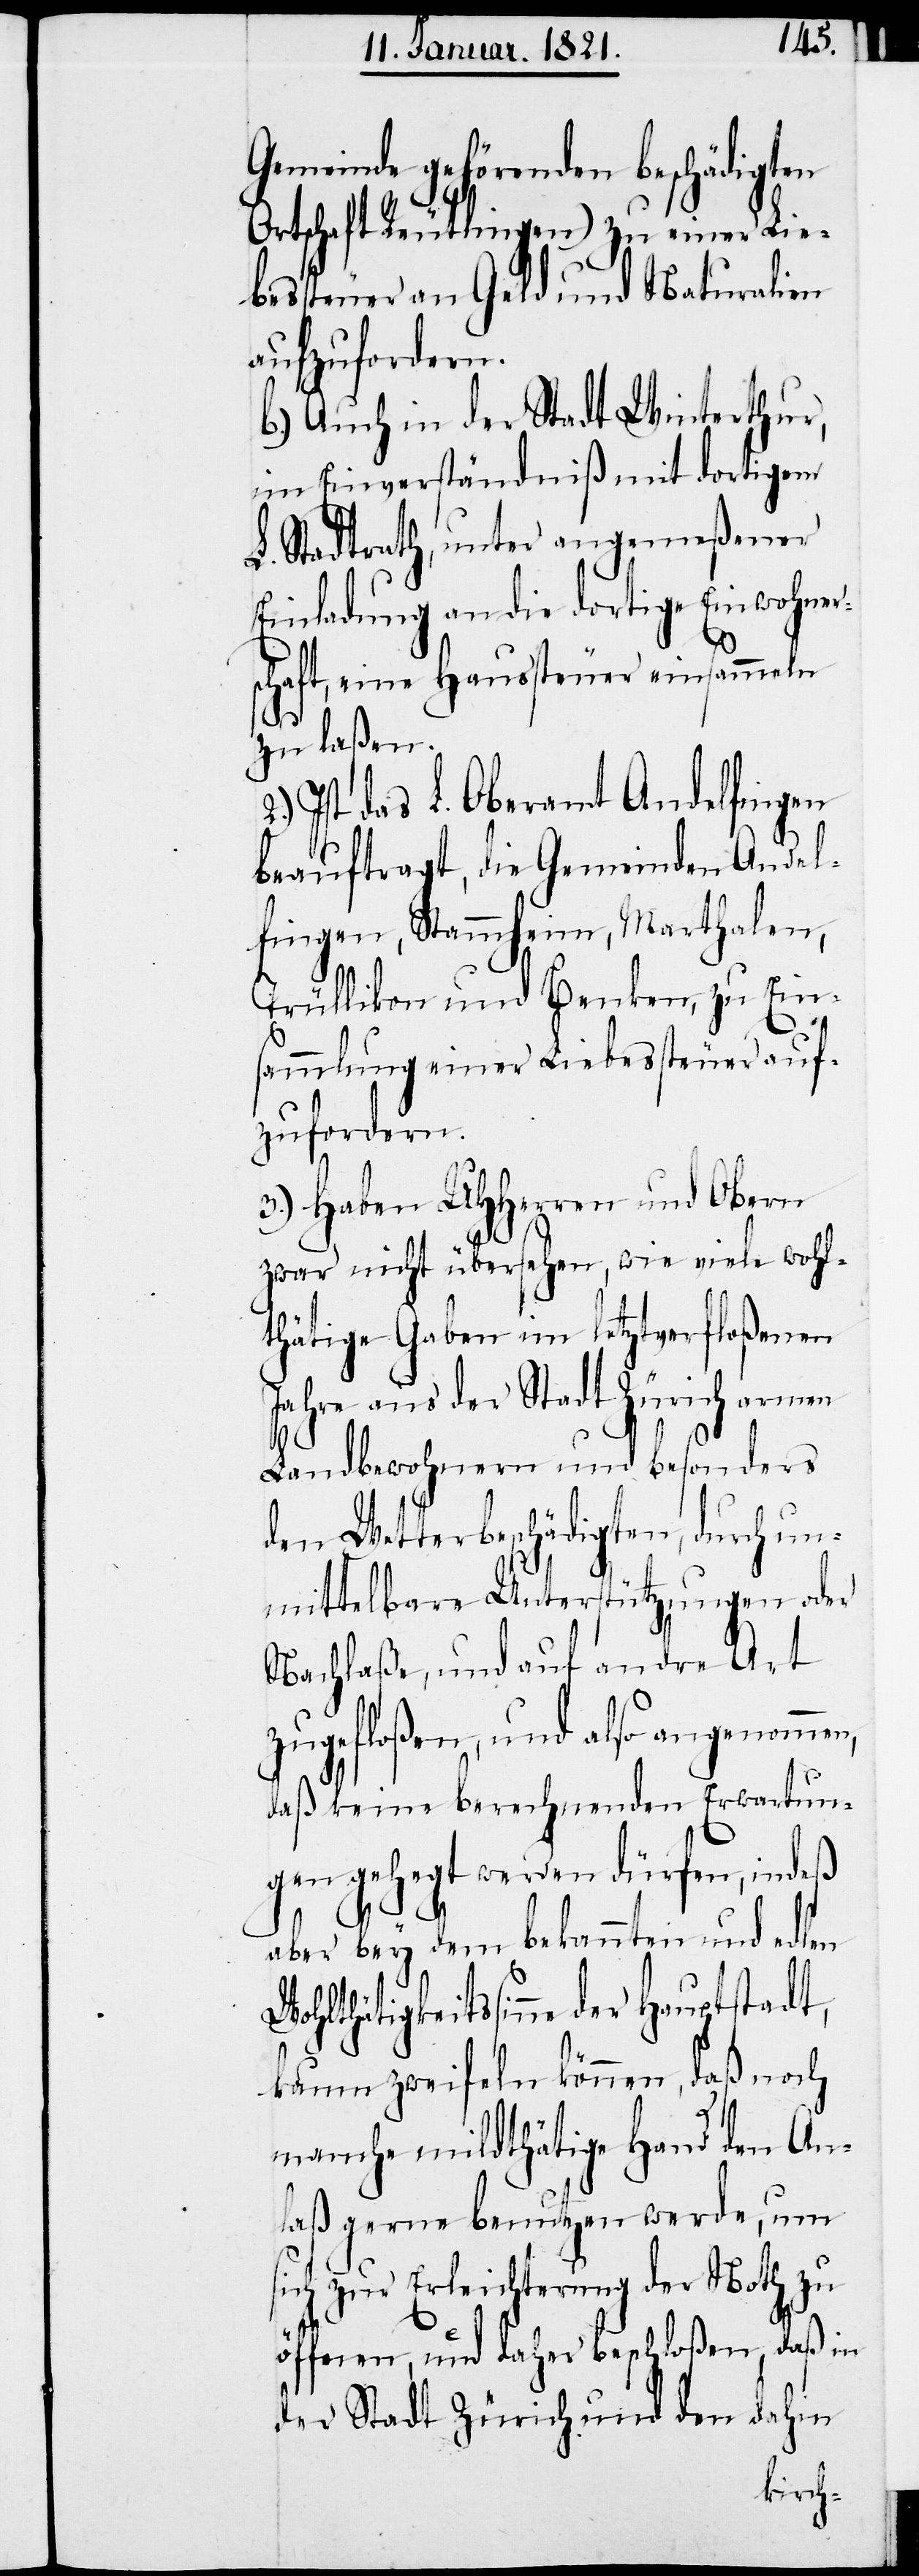
den beschädigten
Ortschaft Reutlingen) zu einer Lie¬
bessteuer an Geld und Naturalien
aufzufordern.
b.) Auch in der Stadt Winterthur,
im Einverständniß mit dortigem
L. Stadtrath, unter angemeßener
Einladung an die dortige Einwohner¬
schaft, eine Haussteuer einsammeln
zu laßen.
Ist das L. Oberamt Andelfingen
beauftragt, die Gemeinden Andel¬
fingen, Stammheim, Marthalen,
Trüllikon und Benken, zu Ein¬
sammlung einer Liebessteuer auf¬
zufordern.
3.) Haben UHHerren und Obern
zwar nicht übersehen, wie viele wohl¬
tätige Gaben im letzverfloßenen
Jahre aus der Stadt Zürich armen
Landbewohnern und besonders
den Wetterbeschädigten, durch un¬
mittelbare Unterstützungen oder
Nachlaße, und auf andere Art
zugefloßen, und also angenommen,
daß keine berechnenden Erwartun¬
gen gehegt werden dürfen, indeß
W¬
aber bey dem bekannten und edlen
ohltätigkeitssinn der Hauptstadt,
kaum zweifeln können, daß noch
manche mildthätige Hand den An¬
laß gerne benutzen werde, um
sich zur Erleichterung der Noth zu
öffnen, und daher beschloßen, daß in
der Stadt Zürich und den dahin